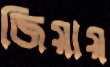
জিয়ায়